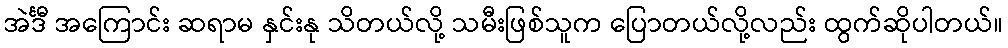
အဲင်္ဒီ အကြောင်း ဆရာမ နှင်းနု သိတယ်လို့ သမီးဖြစ်သူက ပြောတယ်လို့လည်း ထွက်ဆိုပါတယ်။